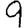
Digit: 9